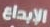
الإبداع